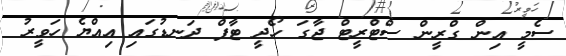
ސެމީ އިން ގްރީން ސްޓްރީޓް ޖާގަ ހޯދީ ޓާފް ދަނޑުގައި އިއްޔެ ހަވީރު